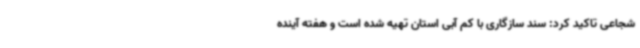
شجاعی تاکید کرد: سند سازگاری با کم آبی استان تهیه شده است و هفته آینده